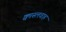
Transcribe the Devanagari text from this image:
क्वास्लवाह